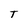
Character: T